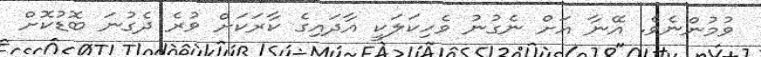
ވުމުންނެވެ. އޭނާ އަށް ނެގުނު ވެހިކަލަކީ އާދައިގެ ކާރަކަށް ވުރެ ދެގުނަ ބޮޑުކޮށް